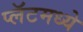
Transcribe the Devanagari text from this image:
प्लॅटमध्ये